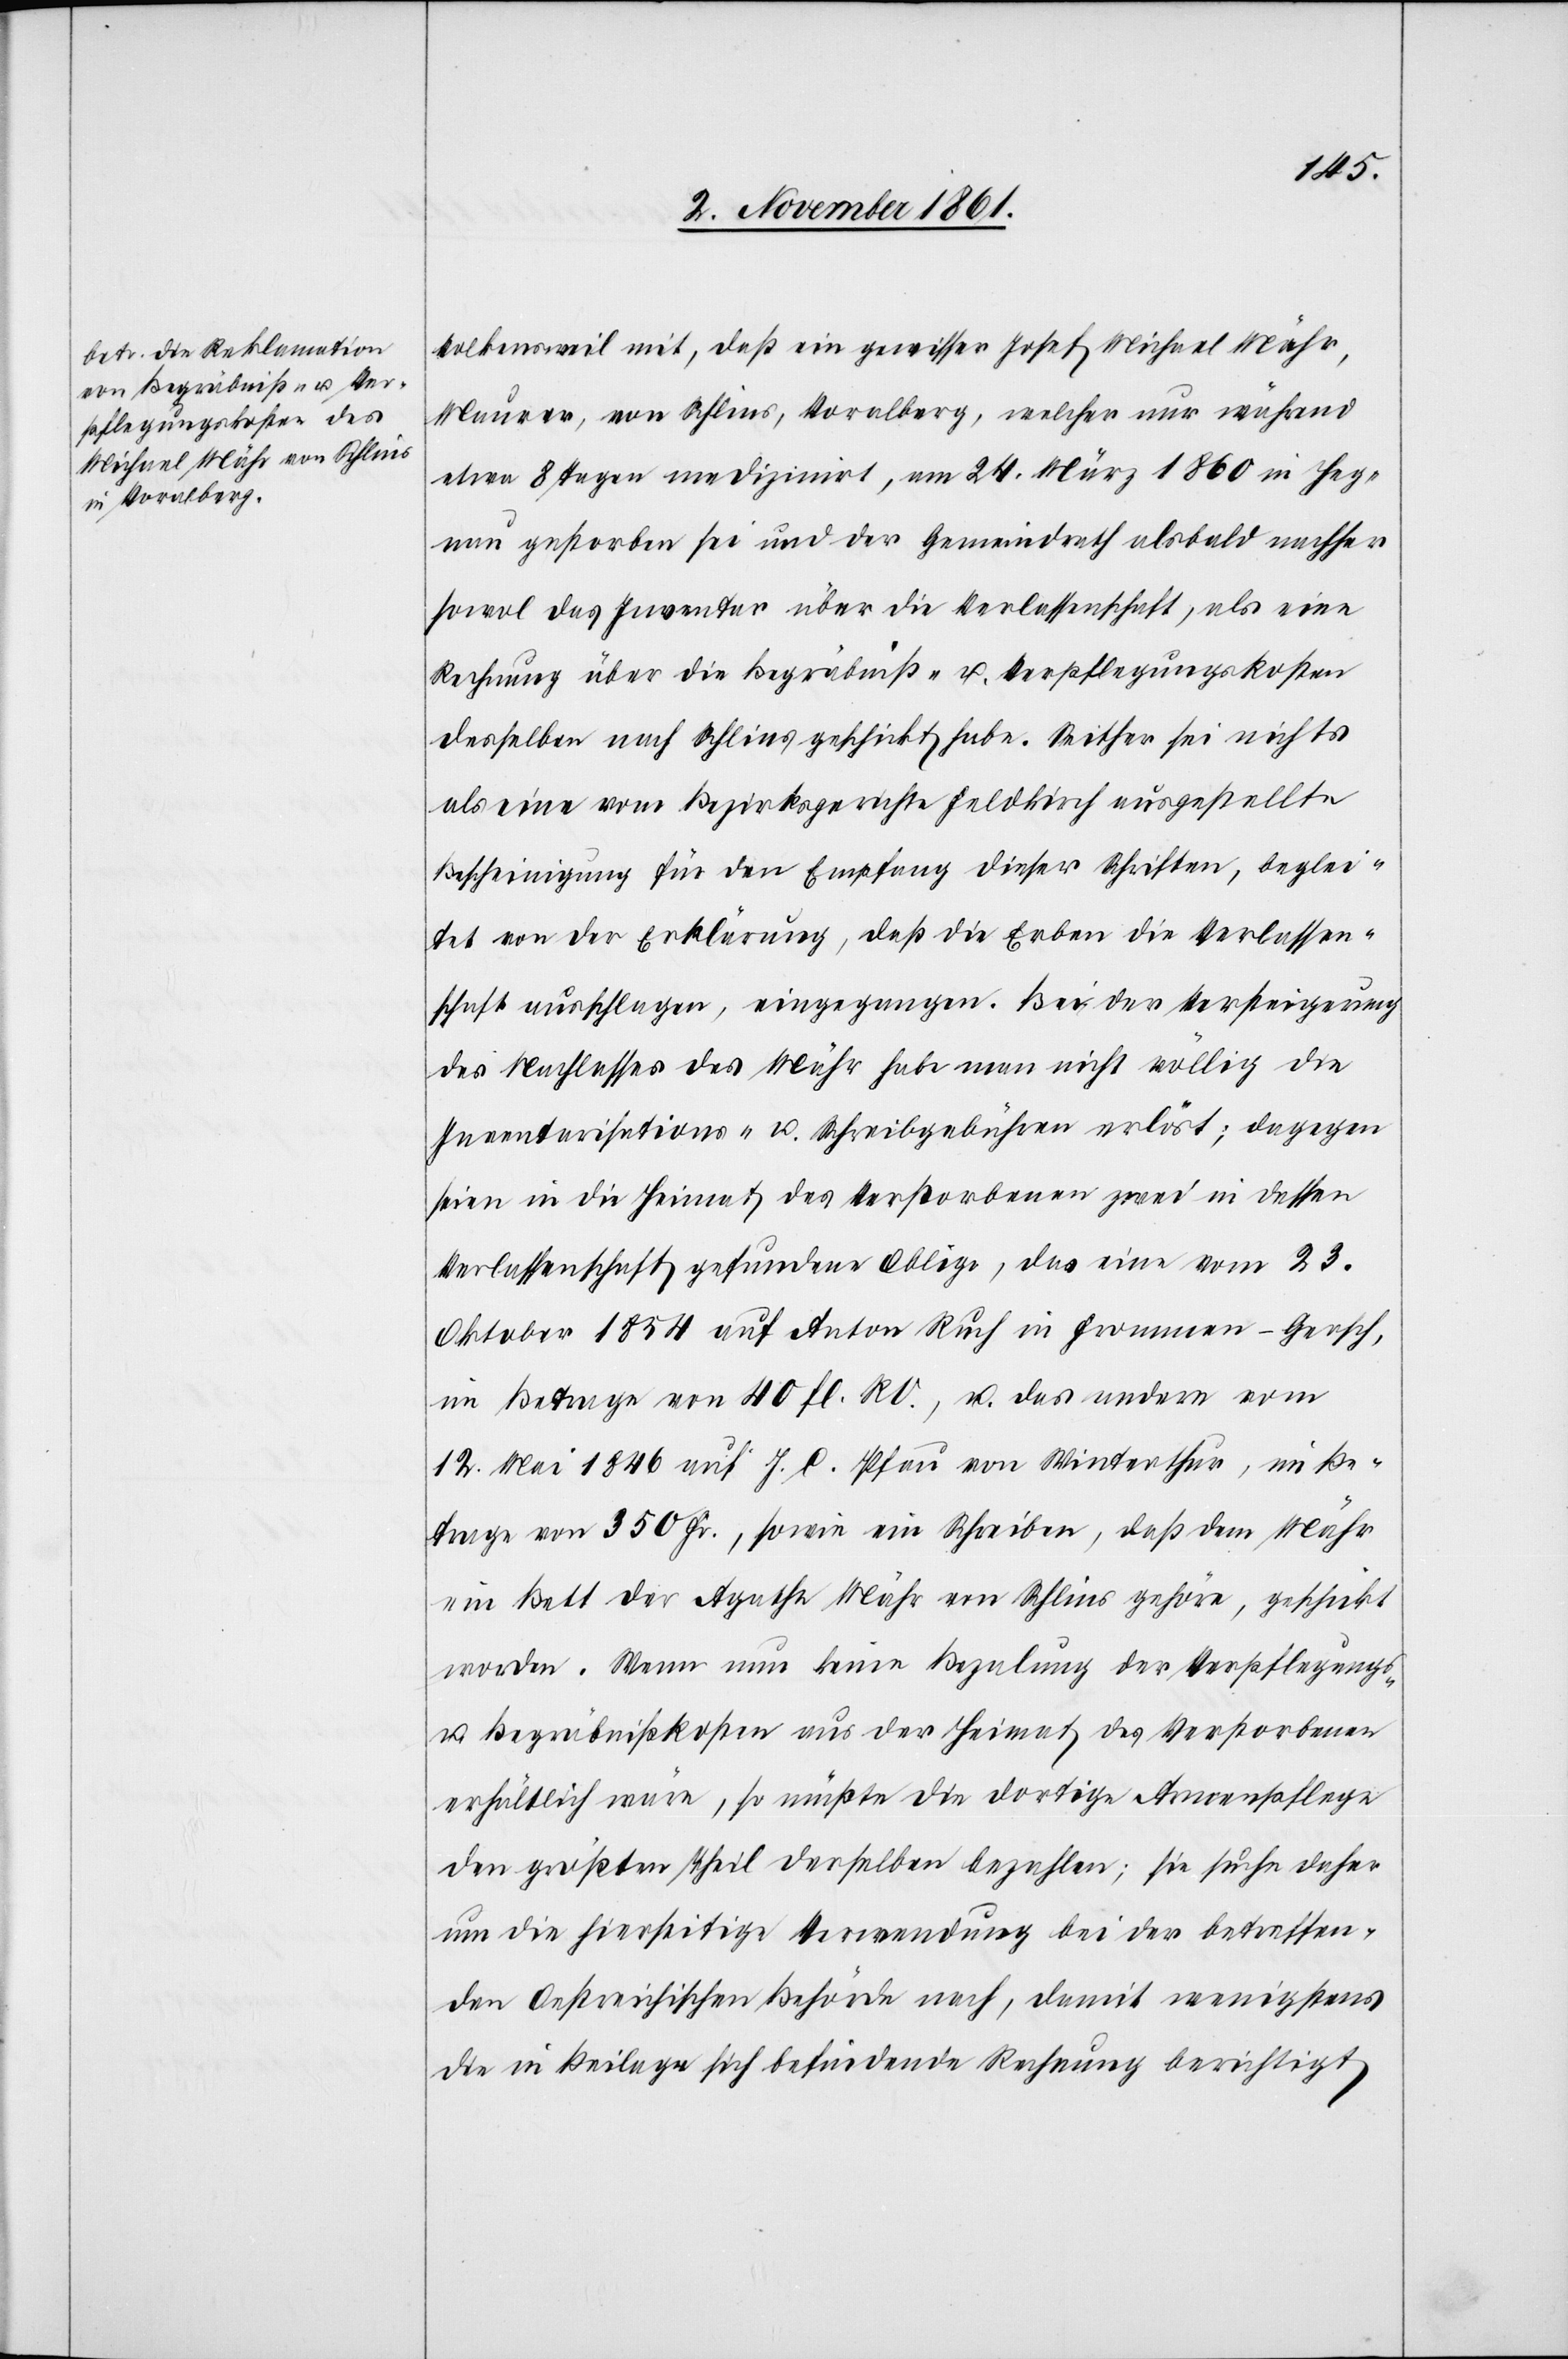
Volkensweil mit, daß ein gewisser Josef Michael Mähr,
Maurer, von Schlins, Vorarlberg, welcher nur während
etwa 8 Tagen medizinirt, am 24 März 1860 in Heg¬
nau gestorben sei und der Gemeindrath als bald nachher
sowol das Inventar über die Verlassenschaft, als eine
Rechnung über die Begräbniß- u. Verpflegungskosten
desselben nach Schlins geschickt habe. Seither sei nichts
als eine vom Bezirksgerichte Feldkirch ausgestellte
Bescheinigung für den Empfang dieser Schriften, beglei¬
tet von der Erklärung, daß die Erben die Verlassen¬
schaft ausschlagen, eingegangen. Bei der Versteigerung
des Nachlasses des Mähr habe man nicht völlig die
Inventarisations- u. Schreibgebühren erlöst; dagegen
seien in die Heimat des Verstorbenen zwei in dessen
Verlassenschaft gefundene Oblige [sic!], das eine vom 23
Oktober 1854 auf Anton Ruf in Frommen-Gersch,
im Betrage von 40 fl. RV., u. das andere vom
12 Mai 1846 auf J. C. Pfau von Winterthur, im Be¬
trage von 350 Fr., sowie ein Schreiben, daß dem Mähr
ein Bett der Agatha Mähr von Schlins gehöre, geschickt
worden. Wenn nun keine Bezalung der Verpflegungs-
u. Begräbnißkosten aus der Heimat des Verstorbenen
erhältlich wäre, so müßte die dortige Armenpflege
den größten Theil derselben bezalen; sie suche daher
um die hierseitige Verwendung bei der betreffen¬
den Oesterreichischen Behörde nach, damit wenigstens
die in Beilage sich befindende Rechnung berichtigt